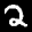
Label: 2